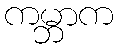
ကမ္ဘာက